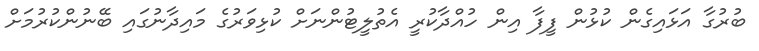
ބުރުގާ އަޅައިގެން ކުޅުން ފީފާ އިން ހުއްދާކުރީ އެތުލީޓުންނަށް ކުޅިވަރުގެ މައިދާނުގައި ބޭނުންކުރުމަށް